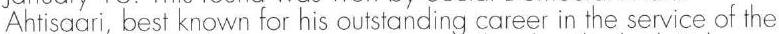
Ahtisaari, best known for his outstanding career in the service of the